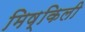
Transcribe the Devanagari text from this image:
मिष्किली